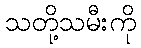
သတို့သမီးကို